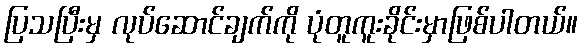
ပြသပြီးမှ လုပ်ဆောင်ချက်ကို ပုံတူကူးခိုင်းမှာဖြစ်ပါတယ်။